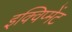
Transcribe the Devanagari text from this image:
इक्विप्मेंट